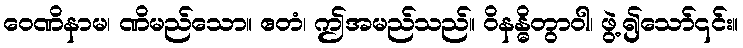
ဝေဏိနာမ၊ ဏိမည်သော။ ဧတံ၊ ဤအမည်သည်။ ဝိနန္ဓိတွာဝါ၊ ဖွဲ့၍သော်၎င်း။